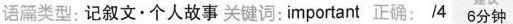
沿漏类型:记叙文·个人故事 关词:impartant 正确:/4 6分钟